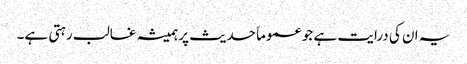
یہ ان کی درایت ہے جو عموماَ حدیث پر ہمیشہ غالب رہتی ہے۔